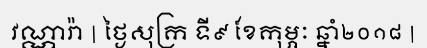
វណ្ណារ៉ា | ថ្ងៃសុក្រ ទី៩ ខែកុម្ភៈ ឆ្នាំ២០១៨ |